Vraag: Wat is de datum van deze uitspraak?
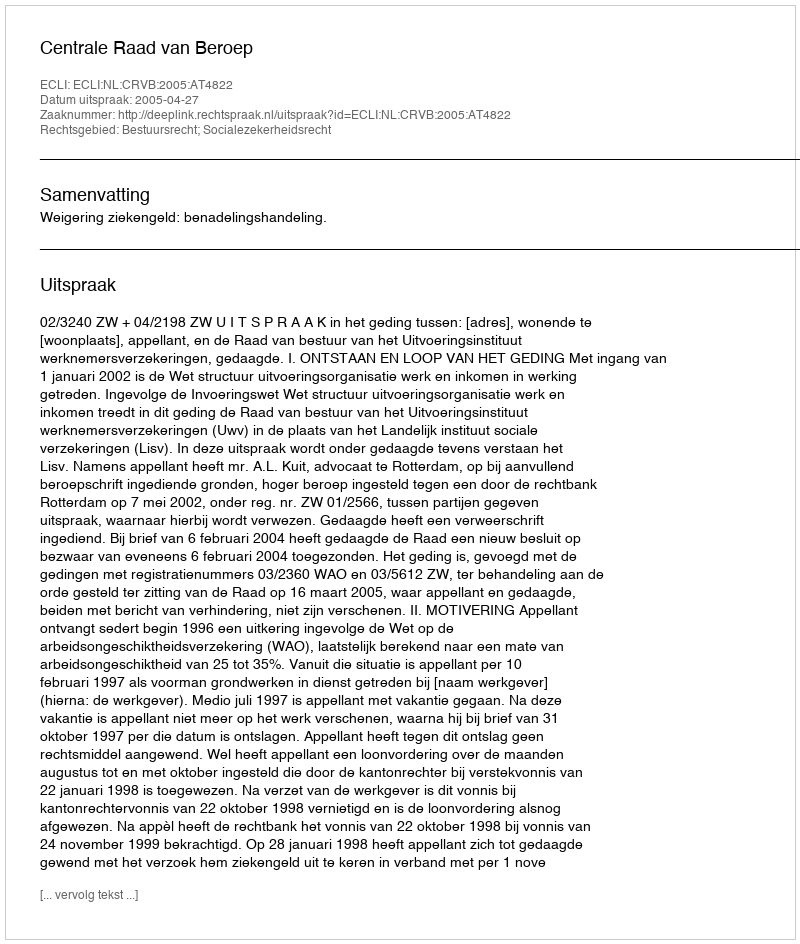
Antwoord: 2005-04-27